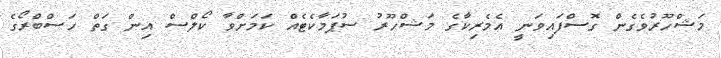
މަޝްހޫރުވެގެން ގޮސްފައިވަނީ އެމެރިކާގެ މަޝްހޫރު ސުޕަމާކެޓެއް ކަމަށްވާ ކޯލްސް އިން ގަތް ހަސްބްރޯގެ